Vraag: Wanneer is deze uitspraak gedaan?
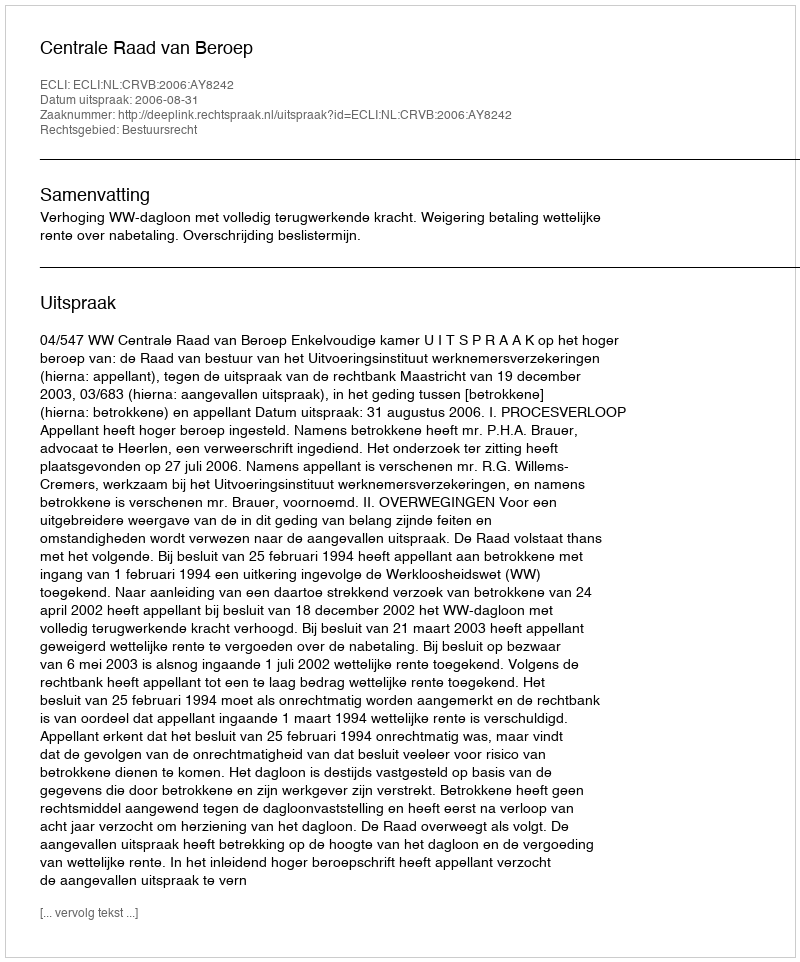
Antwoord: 2006-08-31